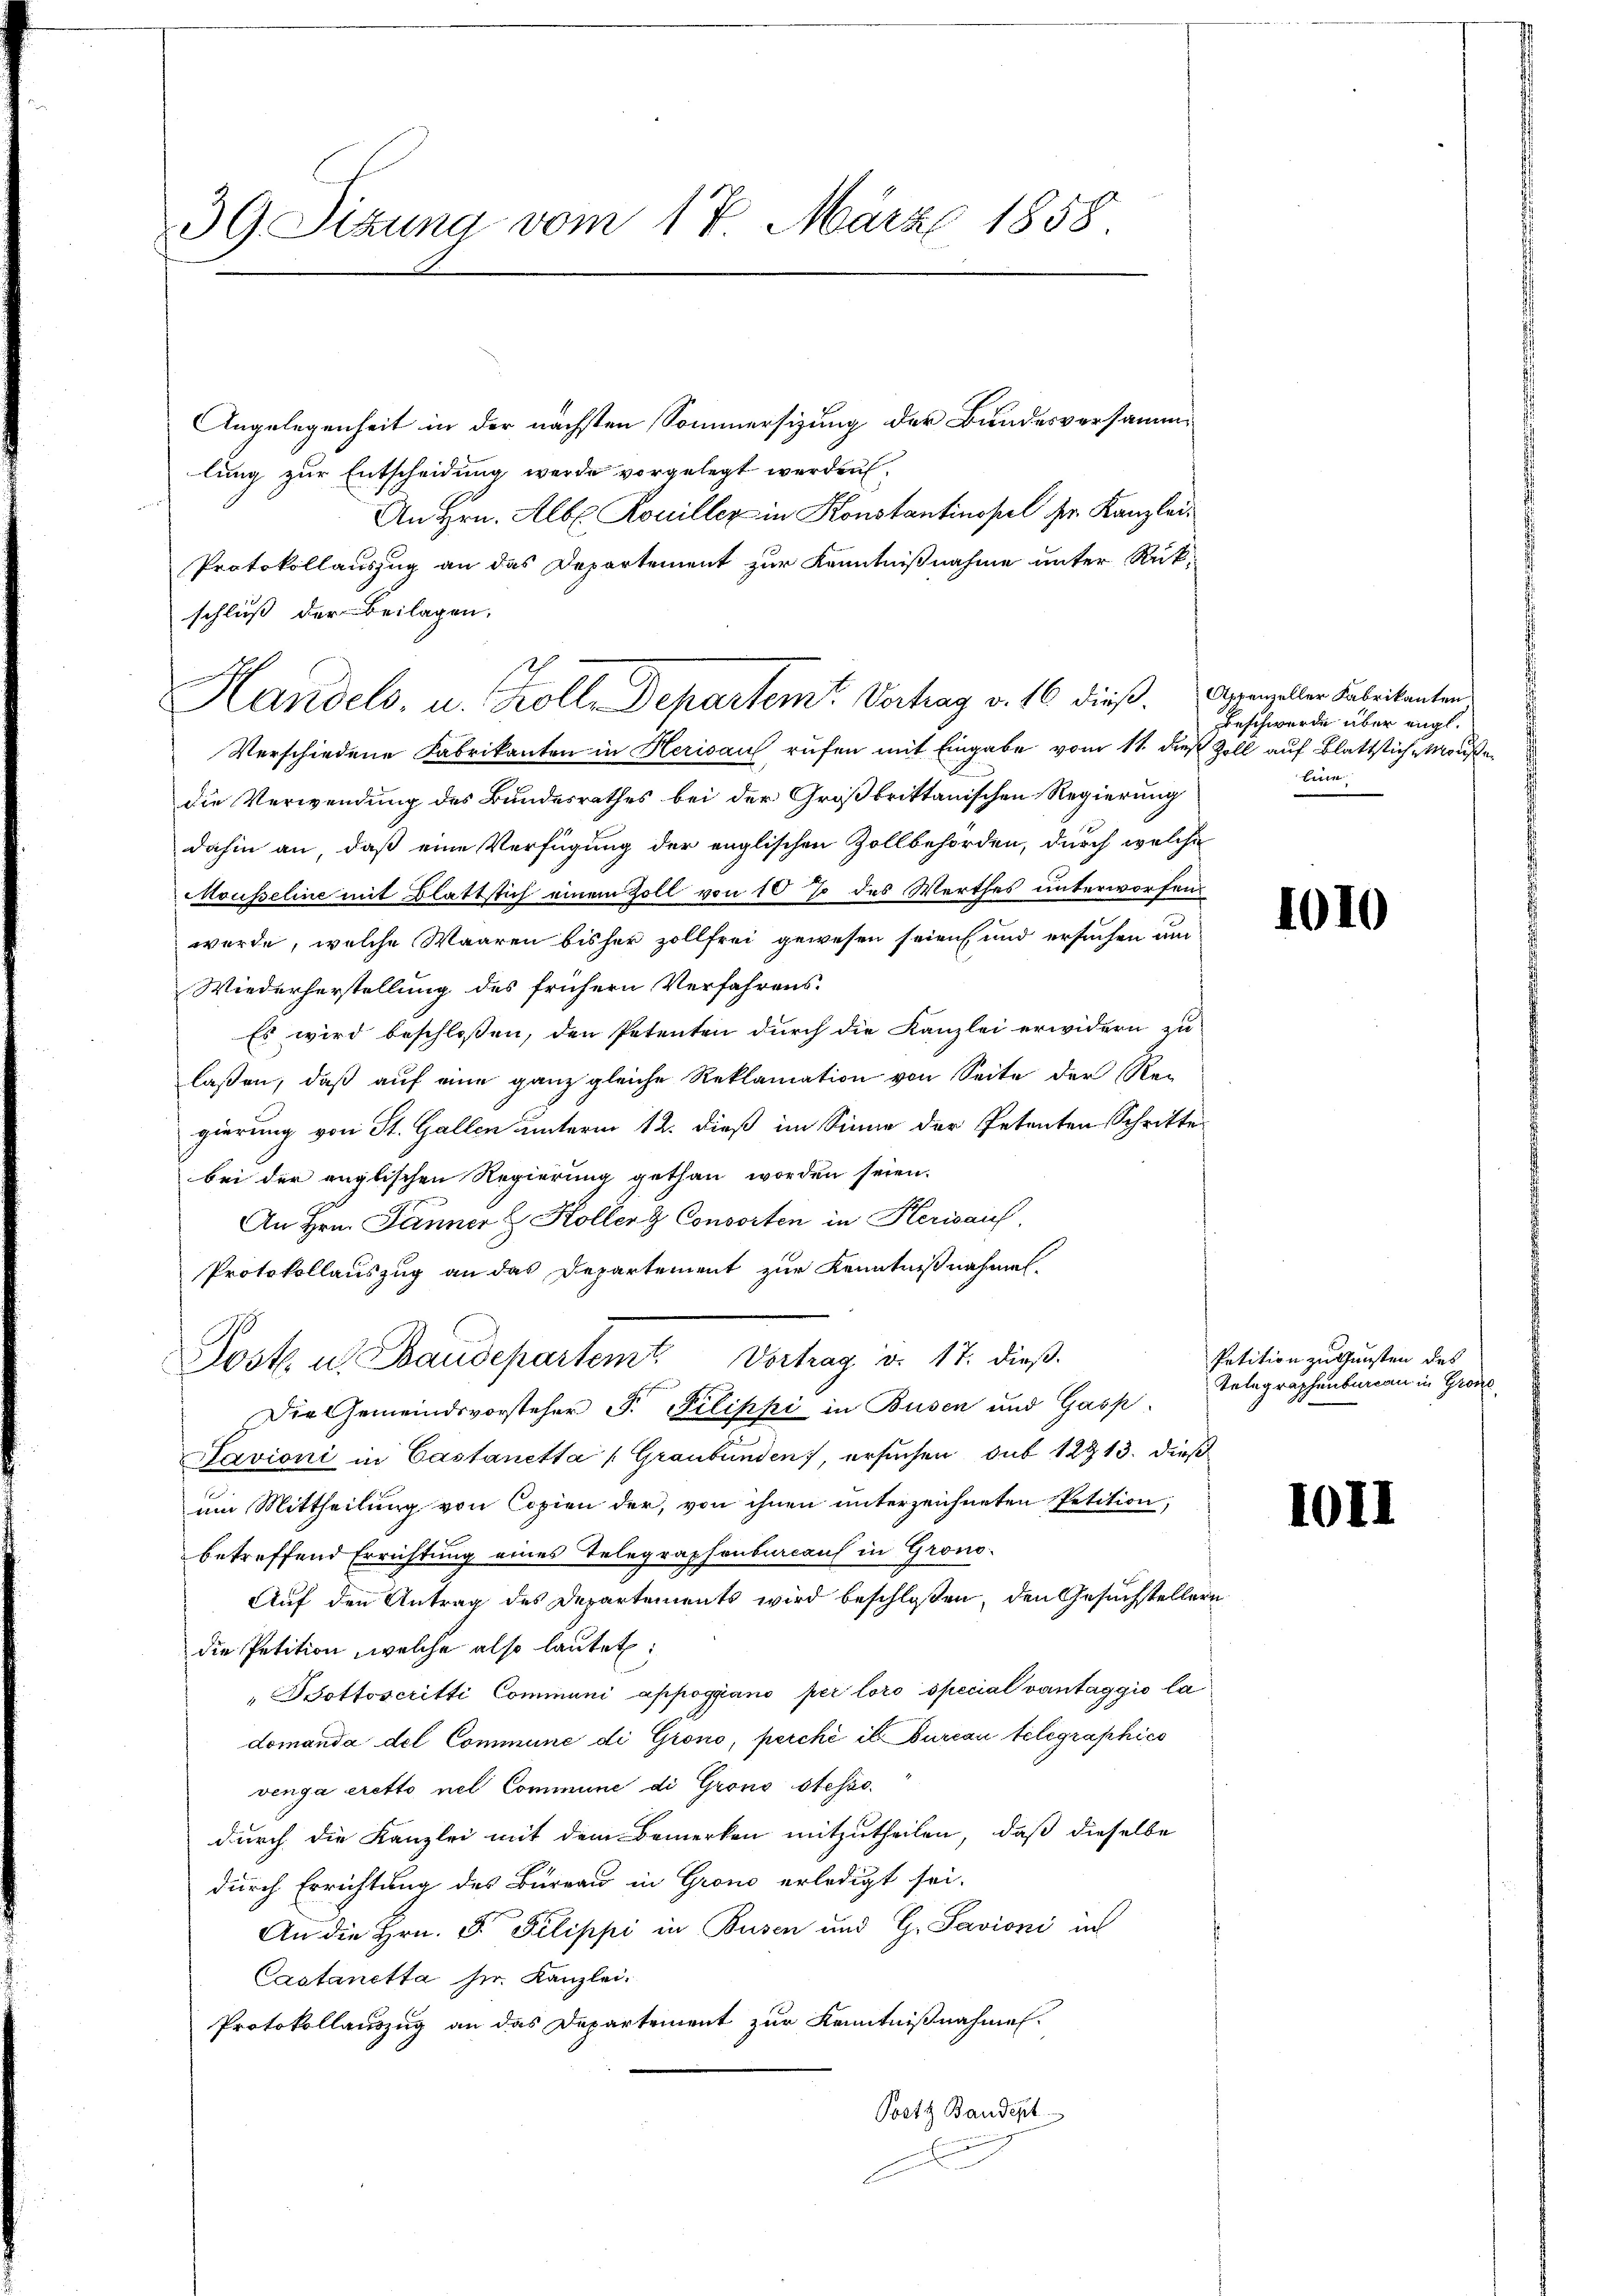
39 Sizung vom 17. März 1858.

Angelegenheit in der nächsten Sommersizung der Bundesversammlung zur Entscheidung werde vorgelegt werden,

An Hrn. Alb. Koniller in Konstantinopel ser Kanzlei¬
Protokollauszug an das Departement zur Kenntnißnahme unter Rükschluß der Beilagen.
A
Verschiedene Fabrikanton in Herisauf rufen mit Eingabe vom 11. dieß Zoll auf Blattstich, Moußedie Verwendung des Bundesrathes bei der Großbrittanischen Regierung
dahin an, daß eine Verfügung der englischen Zollbehörden, durch welche
Mousseline mit Blattstich einem Zoll von 10 % des Werthes unterworfen
wurde, welche Waaren bisher zollfrei gewesen seien und ersuchen um
Wiederherstellung des frühern Verfahrens.
Es wird beschloßen, den Petenten durch die Kanzlei erwidern zu
laßen, daß auf eine ganz gleiche Reklamation von Seite der Rei
gierung von St. Gallen unterm 12. dieß im Sinne der Petenten Schritte
bei der englischen Regierung gethan worden seien.
An Hrn. Jänner & Hollenz Consorten in Herisauf
Protokollauszug an das Departement zur Kenntnißnahmen.
Post als Baudepartent. 11. die
Die Gemeindsvorsteher F. Pilippi in Busen und Gasp.
Lavioni in Castanetta (Graubünden, ersuchen sub 12913. dieß
um Mittheilung von Copien der, von ihnen unterzeichneten Petition,
betreffend Errichtung eines Telegraphenbureaus in Grono-
Auf den Antrag des Departements wird beschloßen, den Gesuchstellern
die Petition, welche also lautet:
"sottoscritti Communi appoggiano per loro special vantaggio la
domanda del Commune di Giono, perchè il bureau telegraphies
venga eretto nel Commune di Grons stessodurch die Kanzlei mit dem Bemerken mitzutheilen, daß dieselbe
durch Errichtung des Bureau in Grono erledigt sei.
An die Hrn. F. Filippi in Busen und G. Savioni in
Castanetta sie Kanzlei.
Protokollauszug an das Departement zur Kenntnißnahmen.
Positz Baudert
g

Handels, u. Troll. Departem Vertrag v. 16 dieß. Anerselber Fabrikanten

Beschwerde über engl.
biren

1010

Petition zu Gunsten des
Telegraphenbureau in Gron

1011